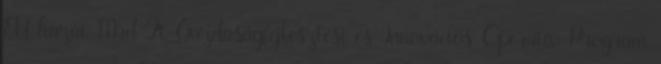
EU hazai Mrd Ft Gazdaságfejlesztési és Innovációs Operatív Program